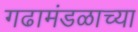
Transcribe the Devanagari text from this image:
गढामंडळाच्या